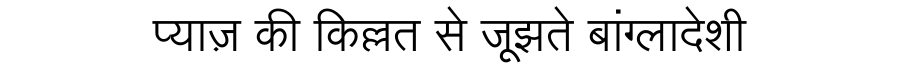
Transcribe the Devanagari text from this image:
प्याज़ की किल्लत से जूझते बांग्लादेशी